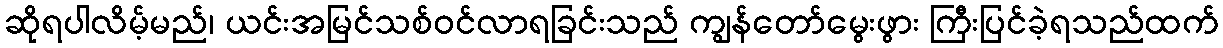
ဆိုရပါလိမ့်မည်၊ ယင်းအမြင်သစ်ဝင်လာရခြင်းသည် ကျွန်တော်မွေးဖွား ကြီးပြင်ခဲ့ရသည်ထက်